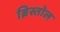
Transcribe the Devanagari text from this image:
ब्रिस्तोल